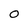
Character: O